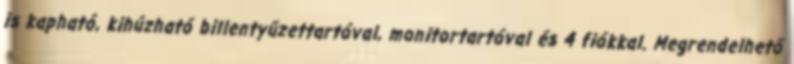
is kapható, kihúzható billentyűzettartóval, monitortartóval és 4 fiókkal. Megrendelhető